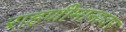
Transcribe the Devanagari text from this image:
राहणीमानावर